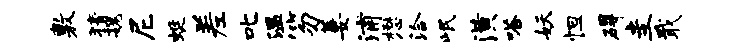
敷猜魏尼蜓差叱温笏萋浦懋洽岷潢嗒妖怛碍圭戢